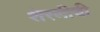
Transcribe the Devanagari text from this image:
शेरणीची